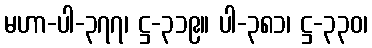
မဟာ-ပါ-၃၇၇၊ ဋ္ဌ-၃၁၉။ ပါ-၃၈၁၊ ဋ္ဌ-၃၃၀၊